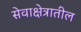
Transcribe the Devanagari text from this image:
सेवाक्षेत्रातील